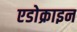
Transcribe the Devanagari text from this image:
एडोक्राइन